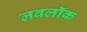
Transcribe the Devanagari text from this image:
लवलॉक